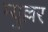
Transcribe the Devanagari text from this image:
म्युल्लर